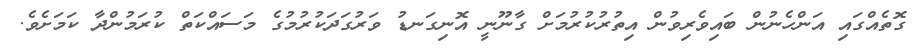
ގޮތެއްގައި އަންހެނުން ބައިވެރިވުން އިތުރުކުރުމަށް ގާނޫނީ އޮނިގަނޑު ވަރުގަދަކުރުމުގެ މަސައްކަތް ކުރަމުންދާ ކަމަށެވެ.